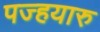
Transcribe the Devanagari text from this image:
पज्हयारु